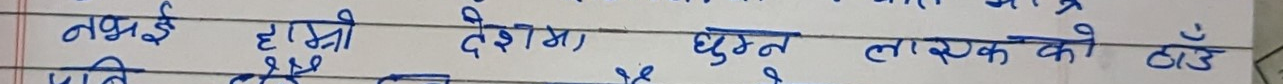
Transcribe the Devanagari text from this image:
नयाँ हामी देशमा घुम्न लायक को ठाउँ